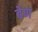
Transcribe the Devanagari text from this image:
बेण